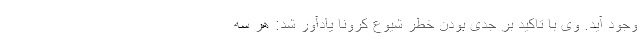
وجود آید. وی با تاکید بر جدی بودن خطر شیوع کرونا یادآور شد: هر سه